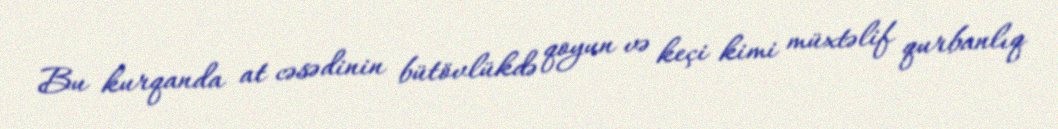
Bu kurqanda at cəsədinin bütövlükdə qoyun və keçi kimi müxtəlif qurbanlıq